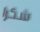
شكرا